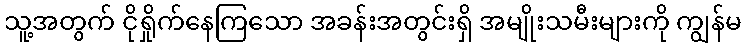
သူ့အတွက် ငိုရှိုက်နေကြသော အခန်းအတွင်းရှိ အမျိုးသမီးများကို ကျွန်မ